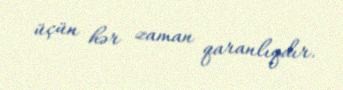
üçün hər zaman qaranlıqdır.